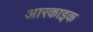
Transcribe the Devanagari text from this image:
आरकाइक